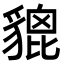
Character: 貔